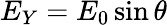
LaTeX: E_{Y}=E_{0}\sin{\theta}